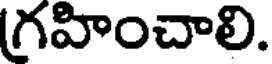
గ్రహించాలి.